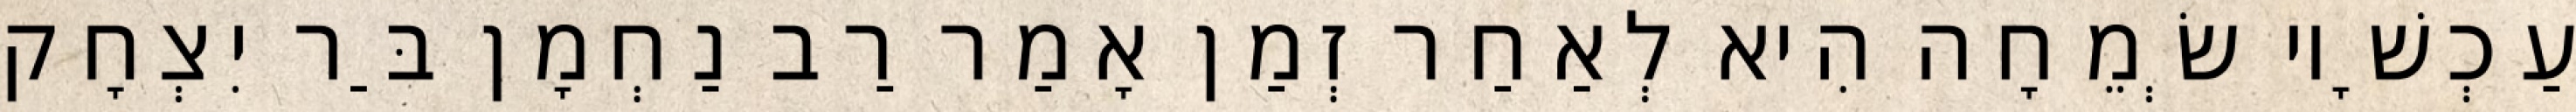
עַכְשָׁיו שְׂמֵחָה הִיא לְאַחַר זְמַן אָמַר רַב נַחְמָן בַּר יִצְחָק